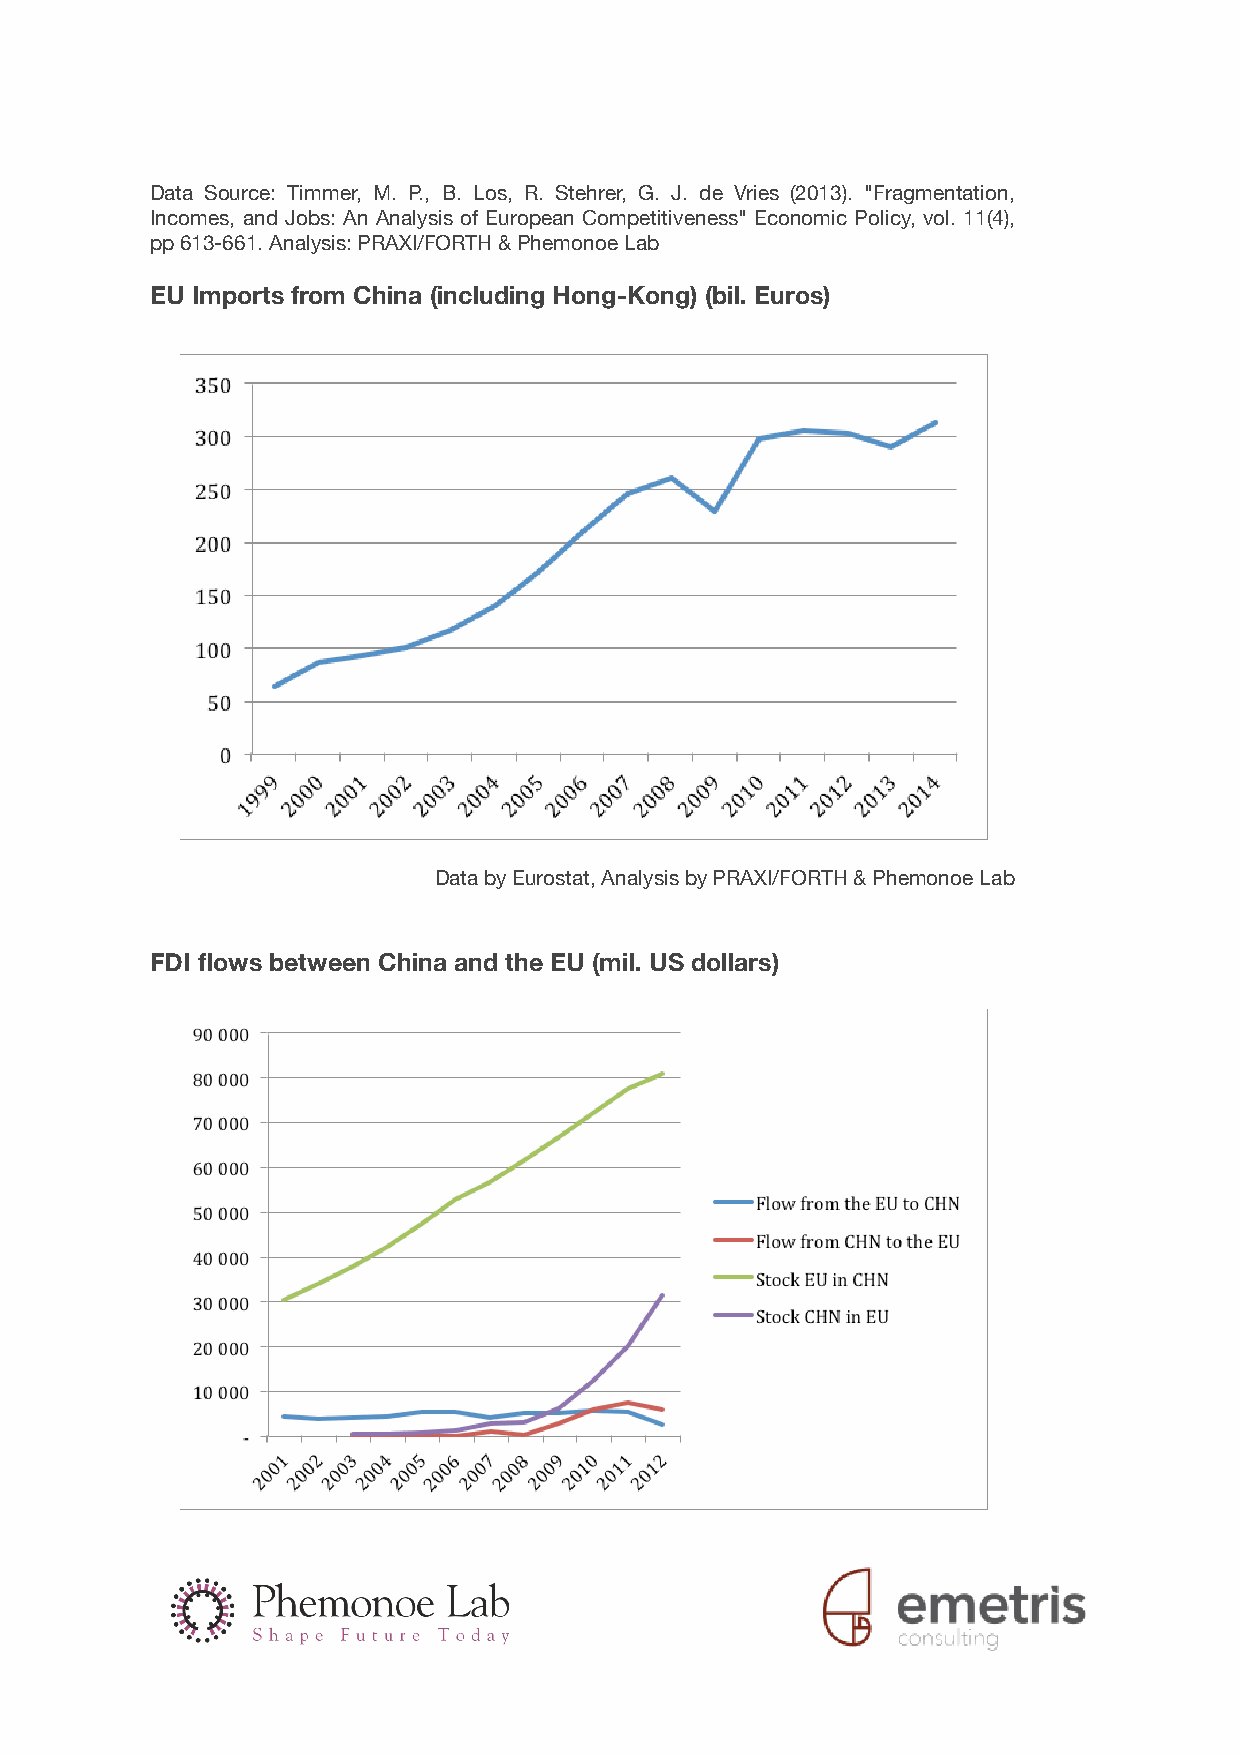
Data Source: Timmer, M. P., B. Los, R. Stehrer, G. J. de Vries (2013). "Fragmentation,
 Incomes, and Jobs: An Analysis of European Competitiveness" Economic Policy, vol. 11(4),
 pp 613-661. Analysis: PRAXI/FORTH & Phemonoe Lab
 EU Imports from China (including Hong-Kong) (bil. Euros)
 Data by Eurostat, Analysis by PRAXI/FORTH & Phemonoe Lab
 FDI flows between China and the EU (mil. US dollars)